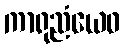
ကာရုညံယေဝ